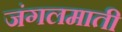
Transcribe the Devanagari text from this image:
जंगलमाती